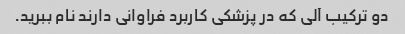
دو ترکیب آلی که در پزشکی کاربرد فراوانی دارند نام ببرید.